Newspaper: The Lancaster ledger. [volume]
Place of publication: Lancaster, S.C.
Publisher: R.S. Bailey
Date: 1860-11-14 00:00:00
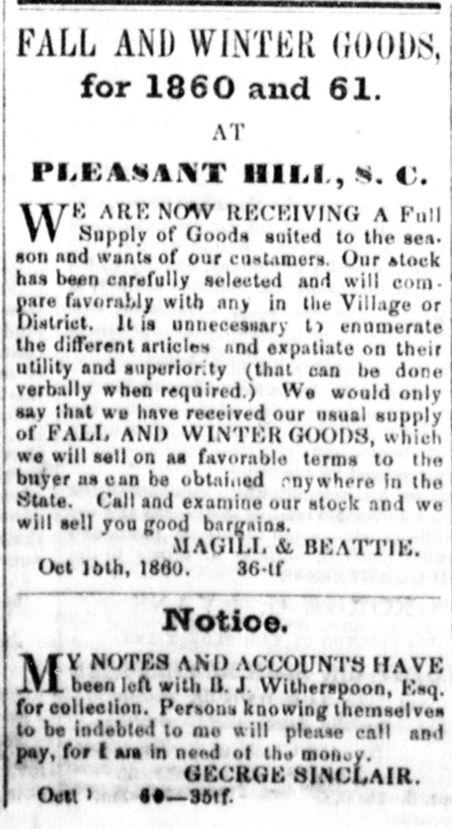
Advertisement text (OCR):
FALL AND WINTKR (JOODS, for 1860 and 61. AT Pl.KAMAAiT HIM, *. V. ARKNOAV RKCKIVING A Full Supply of Good* suited to the sea* i fliift nnd VI'I*ntit of fnir i-n-f .m?p j has been carefully selected and will comI pare favorably with any in the Village or District. It is unnecessary l> enumerate the different articles and expatiate on their utility and superiorly (that can lie done I verbally when required.) We would only j sav that we have received our usual supply ' of FALL AND WINTKR GOODS, which we will sell on aa favorable terms to the buyer us can be obtained my whore in the State. Call and examine our stock and we will sell you good bargains. MAG ILL &. BKATTIK. Oct )6lh, MHO. 36-lf Notioe. NOTB8 AND ACCOUNTS been left with I). J Witherapoon, Kaq. for collection. Persons knowing themselves to be indebted to nic will please call and pay, for I aia in need ot the noitoy. GKCKGK SINCLAIR. Octt i Mtf.
Label: text-only